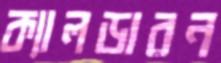
ক্যালডারন